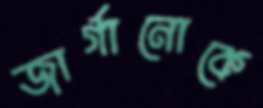
জার্গানোকে